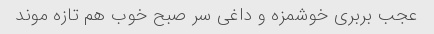
عجب بربری خوشمزه و داغی سر صبح خوب هم تازه موند